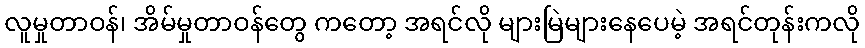
လူမှုတာဝန်၊ အိမ်မှုတာဝန်တွေ ကတော့ အရင်လို များမြဲများနေပေမဲ့ အရင်တုန်းကလို